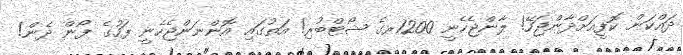
ދައްކަން ކޮފީއަށްދާންޖަހޭ! ލާންޖެހެނީ 1200ރގެ ޝޯޓްބުރި! އަތުގައި އޮންނަންޖެހެނީ ފަހުގެ ފޯން ދެން!